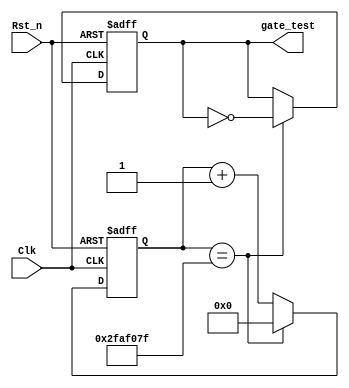
module gate_gen(
	Clk,
	Rst_n,
	gate_test
);

	input Clk;
	input Rst_n;
	output reg gate_test;

	//
	reg [31:0]cnt2;
	
	always@(posedge Clk or negedge Rst_n)
	if(!Rst_n)
		cnt2 <= 1'b0;
	else if(cnt2 == 49_999_999)
		cnt2 <= 1'b0;
	else
		cnt2 <= cnt2 + 1'b1;
		
	always@(posedge Clk or negedge Rst_n)
	if(!Rst_n)
		gate_test <= 1'b0;
	else if(cnt2 == 49_999_999)
		gate_test <= ~gate_test;

endmodule